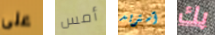
على أمس آستريد بك